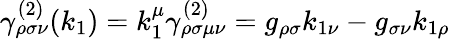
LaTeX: \gamma_{\rho\sigma\nu}^{(2)}(k_{1})=k_{1}^{\mu}\gamma_{\rho\sigma\mu\nu}^{(2)}=g_{\rho\sigma}k_{1\nu}-g_{\sigma\nu}k_{1\rho}